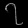
Digit: ၇